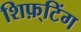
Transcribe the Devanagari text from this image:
शिफ़्टिंग